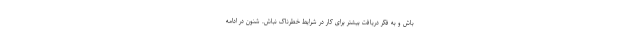
باش و به فکر دریافت بیشتر برای کار در شرایط خطرناک نباش. شنون در ادامه